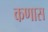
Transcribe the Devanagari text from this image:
कणास